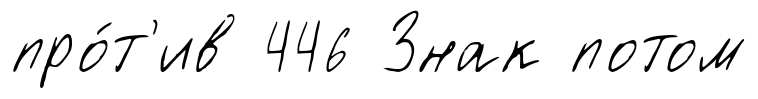
про́т'ив 446 Знак потом